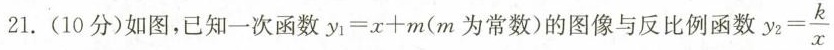
21.(10分)如图，已知一次函数$$ y1 = x + m $$(m为常数)的图像与反比例函数 $$ y_{2} = \frac{k}{x} $$